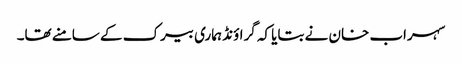
سہراب خان نے بتایا کہ گراؤنڈ ہماری بیرک کے سامنے تھا۔